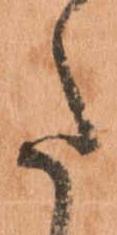
た